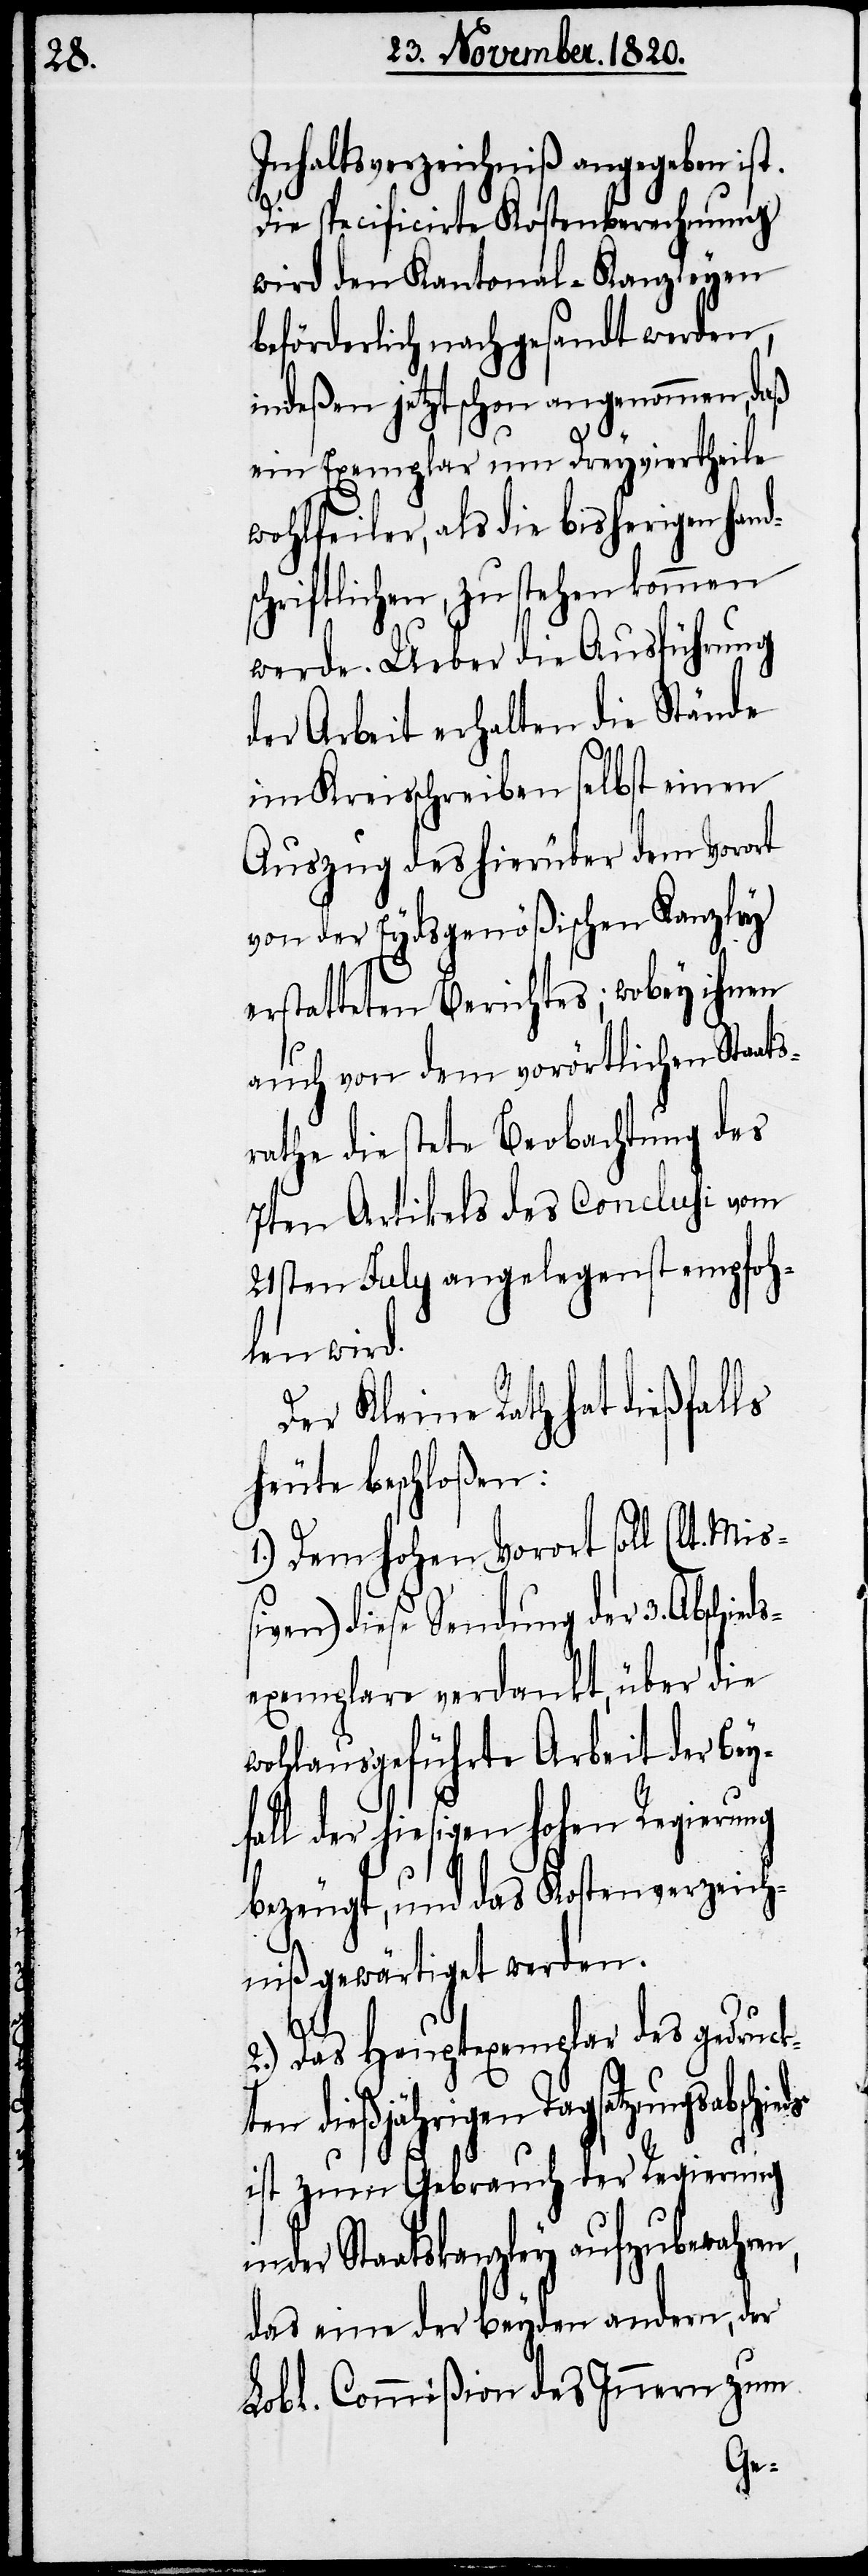
Inhaltsverzeichniß angegeben ist.
Die specificirte Kostenberechnung
wird den Kantonal-Kanzleyen
beförderlich nachgesandt werden,
indeßen jetzt schon angenommen, daß
ein Exemplar um Dreyviertheile
wohlfeiler, als die bisherigen hand¬
schriftlichen, zu stehen kommen
werde. Ueber die Ausführung
der Arbeit erhalten die Stände
im Kreisschreiben selbst einen
Auszug des hierüber dem Vorort
von der Eydsgenößischen Kanzley
erstatteten Berichtes; wobey ihnen
auch von dem vorörtlichen Staats¬
rathe die stete Beobachtung des
7ten Artikels des Conclusi vom
21sten July angelegenst empfoh¬
len wird.
Der Kleine Rath hat dießfalls
heute beschloßen:
Dem hohen Vorort soll (lt.
sexemplare verdankt, über die
wohlausgeführte Arbeit der Bey¬
fall der hiesigen hohen Regierung
bezeugt, und das Kostenverzeich¬
niß gewärtiget werden.
n,
2.) Das Hauptexemplar des gedruckt¬
n Tagsatzungsabschieds
ist zum Gebrauch der Regierung
der Staatskanzley aufzubewahre¬
das eine der beyden andern, der
Lobl. Commißion des Innern zum